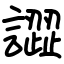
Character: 譅